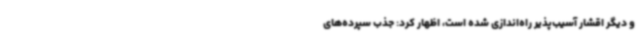
و دیگر اقشار آسیب‌پذیر راه‌اندازی شده است، اظهار کرد: جذب سپرده‌های